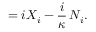
= i X _ { i } - \frac { i } \kappa \, N _ { i } .